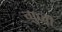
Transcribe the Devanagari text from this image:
गुज़ी